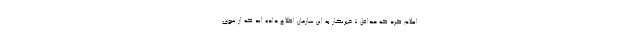
اعلام کرد که حداقل 7 خبرنگار به این سازمان اطلاع داده اند که از سوی